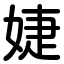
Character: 婕